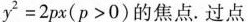
$$y ^ {2} = 2 p x$$(p>0)的焦点。过点